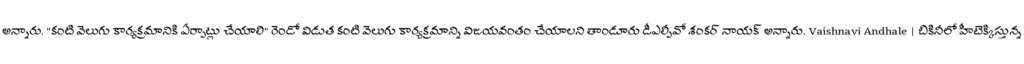
అన్నారు. "కంటి వెలుగు కార్యక్రమానికి ఏర్పాట్లు చేయాలి" రెండో విడుత కంటి వెలుగు కార్యక్రమాన్ని విజయవంతం చేయాలని తాండూరు డీఎల్పీవో శంకర్ నాయక్ అన్నారు. Vaishnavi Andhale | బికినీలో హీటెక్కిస్తున్న